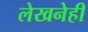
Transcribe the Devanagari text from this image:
लेखनेही